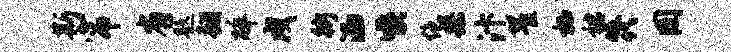
斯帘省题翻碎戍街洒喉绝染汴翟栖裙筏罔